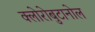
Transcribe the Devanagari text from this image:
क्लोरोबुटानोल